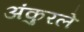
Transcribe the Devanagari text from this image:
अंकुरले